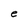
Character: e